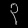
Digit: ၃